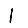
Digit: 1